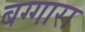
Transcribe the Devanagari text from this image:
बग्गारा